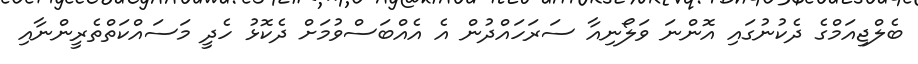
ބެލްޖިއަމްގެ ދެކުނުގައި އޮންނަ ވަލޯނިއާ ސަރަހައްދުން އެ އެއްބަސްވުމަށް ދެކޮޅު ހެދީ މަސައްކަތްތެރީންނާއި